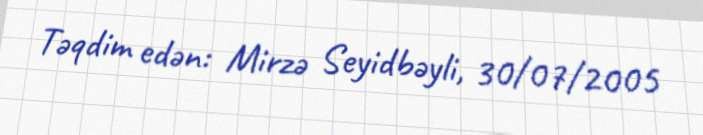
Təqdim edən: Mirzə Seyidbəyli, 30/07/2005